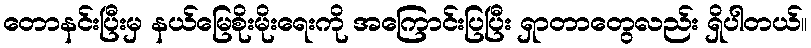
တောနင်းပြီးမှ နယ်မြေစိုးမိုးရေးကို အကြောင်းပြပြီး ရှာတာတွေလည်း ရှိပါတယ်။